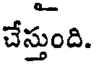
చేస్తుంది.